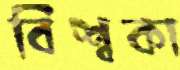
বিশ্বকা